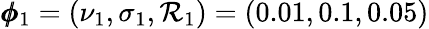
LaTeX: \pmb{\phi}_{1}=(\nu_{1},\sigma_{1},\mathcal{R}_{1})=(0.01,0.1,0.05)